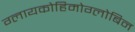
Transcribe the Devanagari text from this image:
ग्लायकोहिमोग्लोबिन